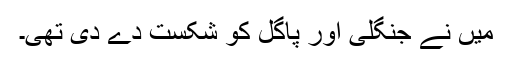
میں نے جنگلی اور پاگل کو شکست دے دی تھی۔